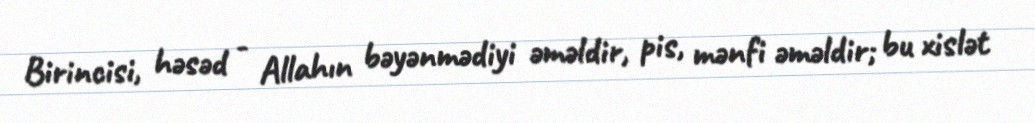
Birincisi, həsəd - Allahın bəyənmədiyi əməldir, pis, mənfi əməldir; bu xislət